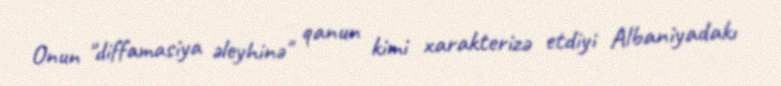
Onun "diffamasiya əleyhinə" qanun kimi xarakterizə etdiyi Albaniyadakı